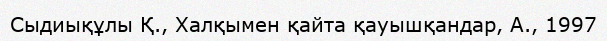
Сыдиықұлы Қ., Халқымен қайта қауышқандар, А., 1997